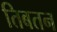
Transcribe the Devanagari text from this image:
तिबतन